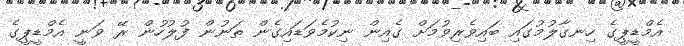
އެމްޑީޕީގެ ހިނގާލުމުގައި ބައިވެރިވުމަށް ގެއިން ނިކުމެވަޑައިގެން ތަނުން ފުލުހުން ރޭ ވަނީ އެމްޑީޕީގެ